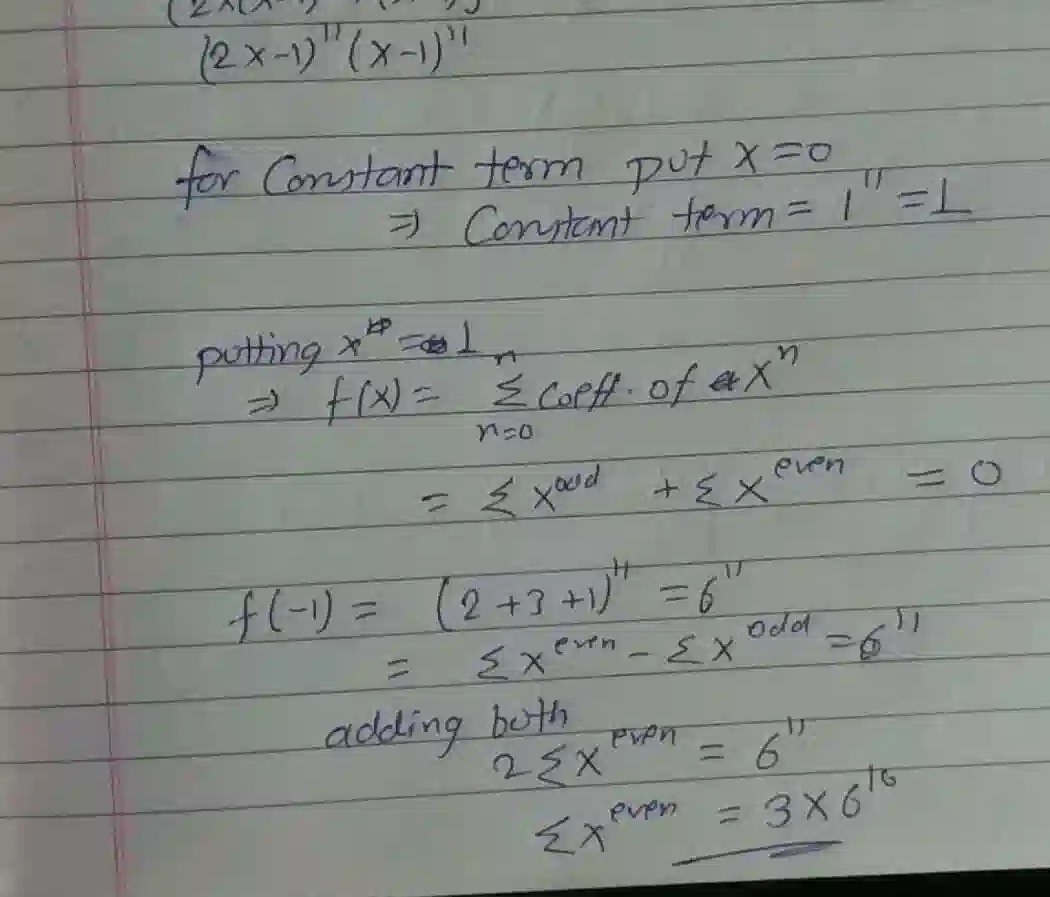
求\((2x - 1)^{11}(x - 1)^{11}\)的常数项：
令\(x = 0\)，
\(\Rightarrow\) 常数项\(=(-1)^{11}\times(-1)^{11}=1\)。

令\(x = 1\)，
\(\Rightarrow f(x)=\sum_{n = 0}^{\infty}a_nx^{n}\)（\(a_n\)为\(x^n\)的系数）
\(=\sum x^{\text{奇数项}}+\sum x^{\text{偶数项}}=0\)。

计算\(f(-1)\)，\(f(-1)=(-2 - 1)^{11}\times(-1 - 1)^{11}=(-3)^{11}\times(-2)^{11}=(3\times2)^{11}=6^{11}\)
\(=\sum x^{\text{偶数项}}-\sum x^{\text{奇数项}}=6^{11}\)。

两式相加：
\(2\sum x^{\text{偶数项}}=6^{11}\)
\(\sum x^{\text{偶数项}} = 3\times6^{10}\)。